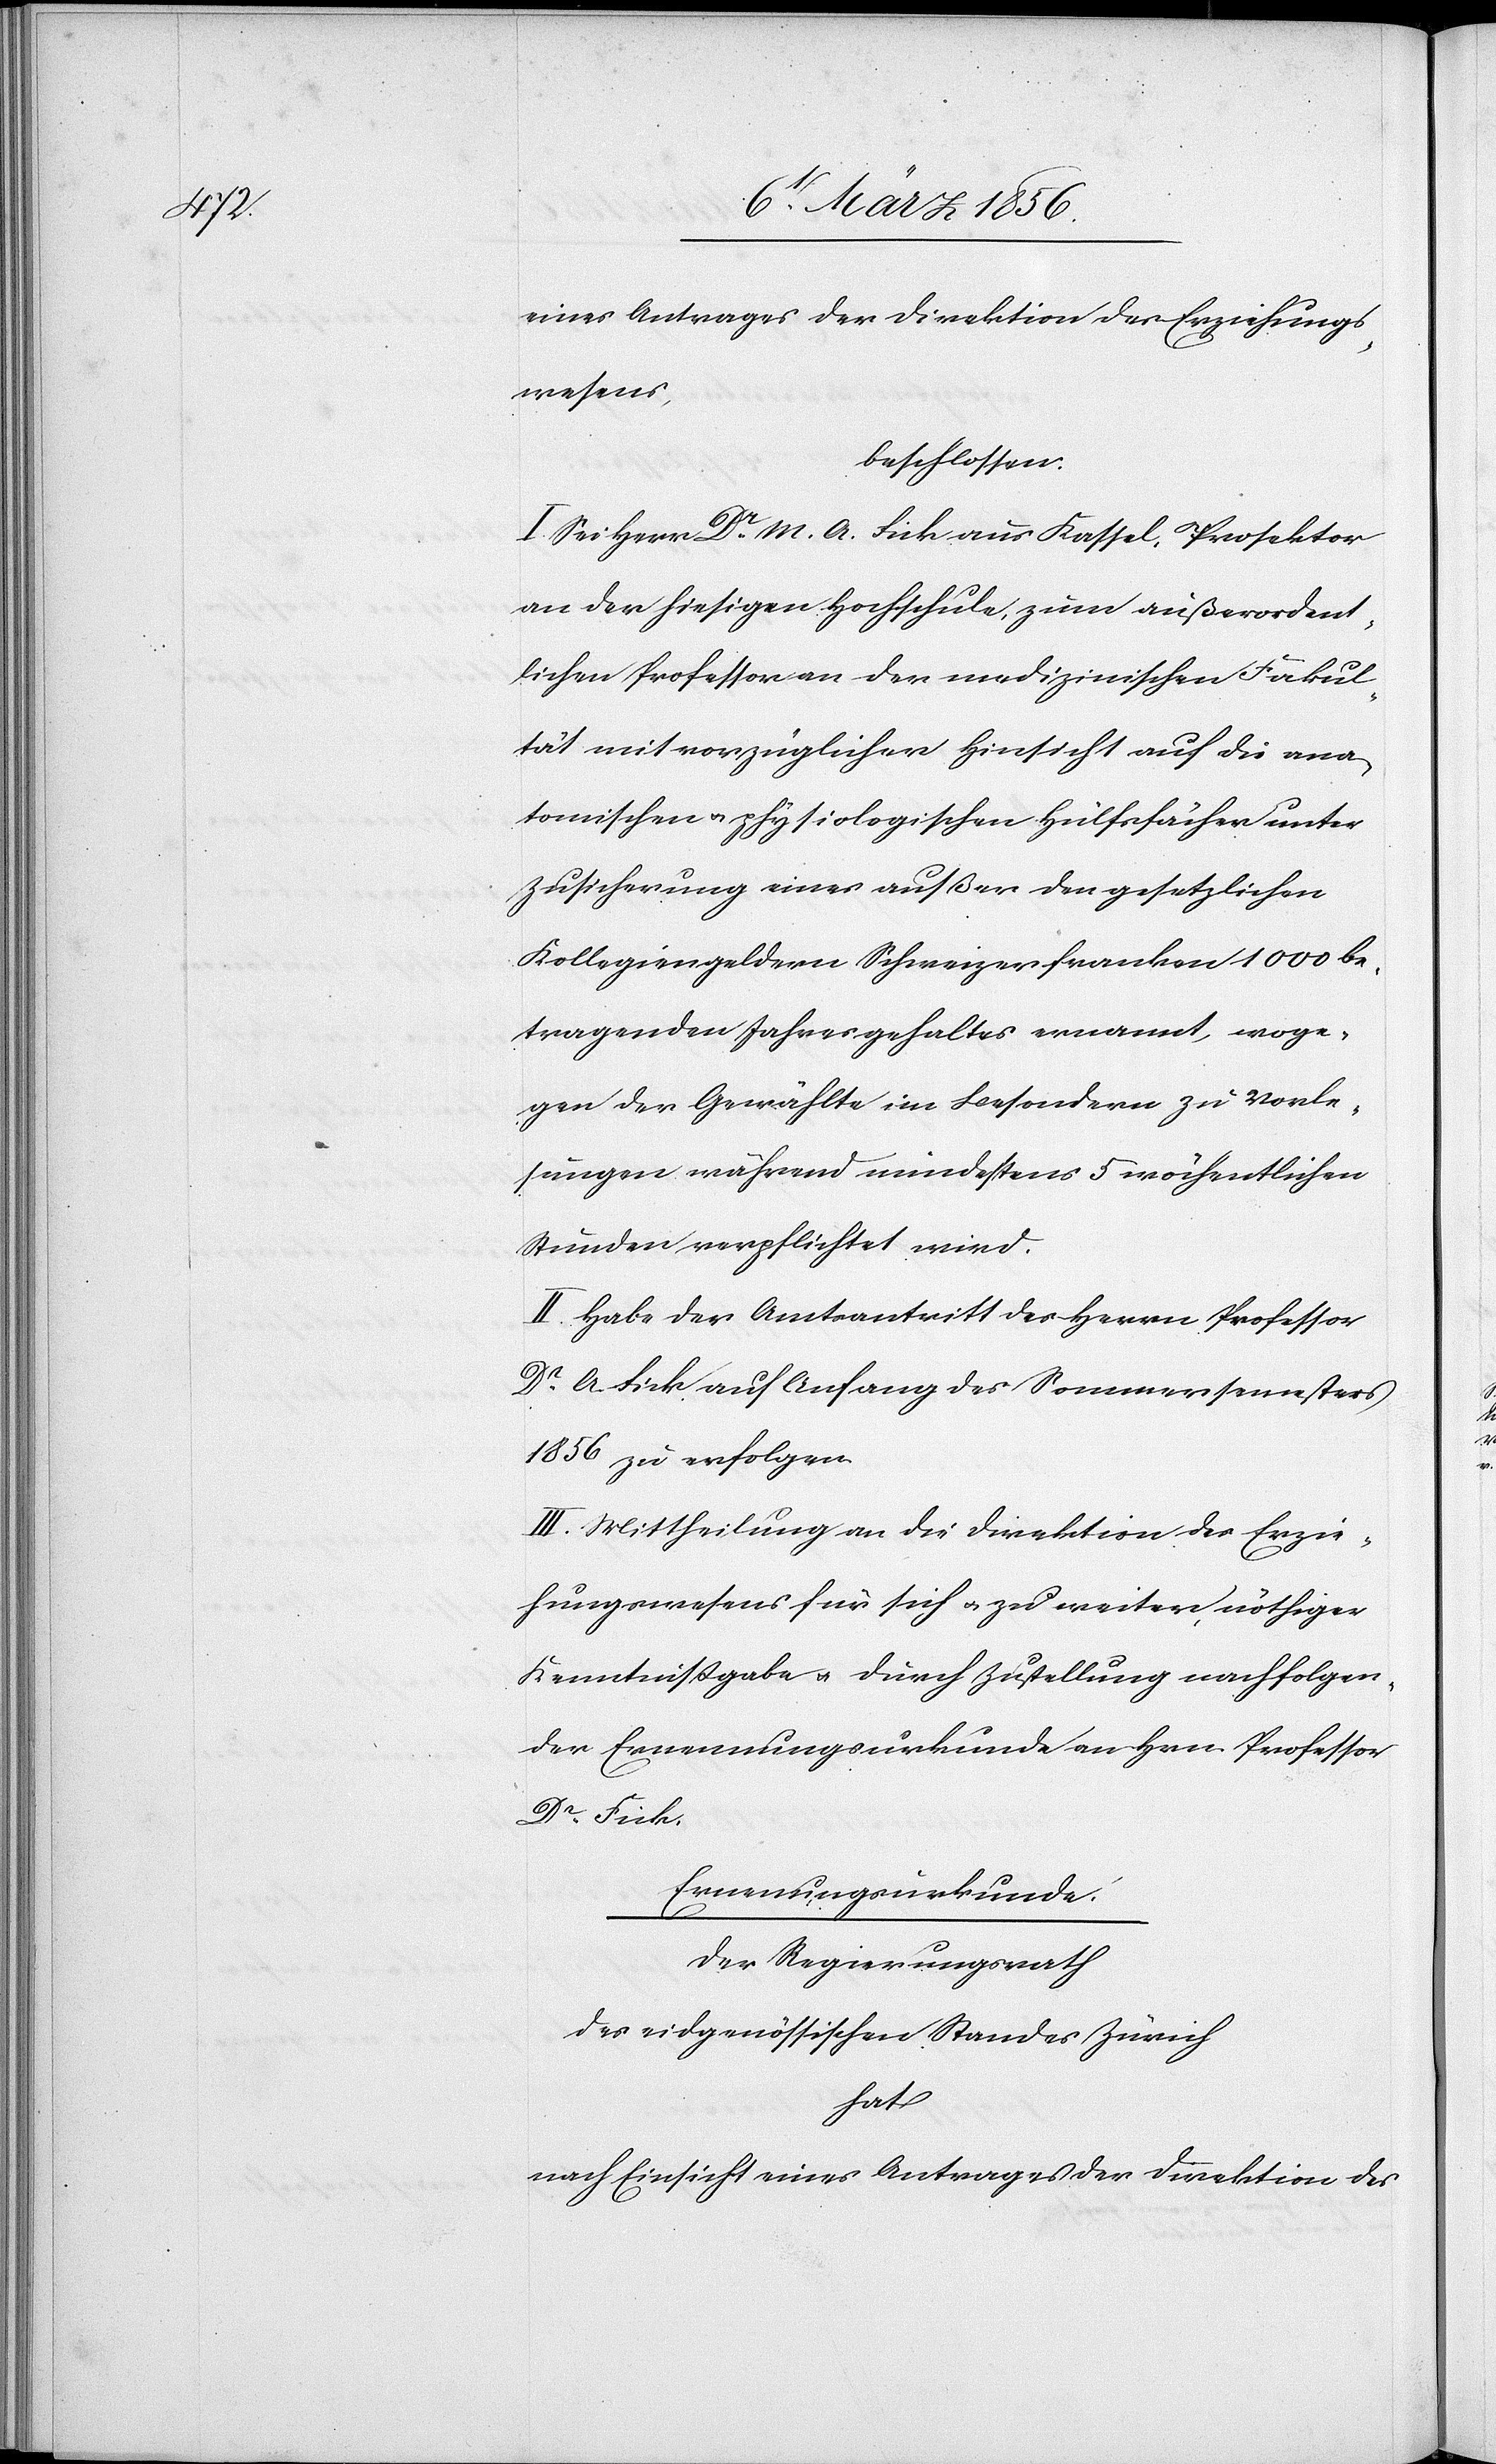
eines Antrages der Direktion des Erziehungs¬
wesens,
beschlossen:
I. Sei Herr Dr M. A. Fick aus Kassel, Prosektor
an der hiesigen Hochschule, zum außerordent¬
lichen Professor an der medizinischen Fakul¬
tät mit vorzüglicher Hinsicht auf die ana¬
tomischen u. physiologischen Hülfsfächer unter
Zusicherung eines außer den gesetzlichen
Kollegiengeldern Schweizerfranken 1000 be¬
tragenden Jahresgehaltes ernannt, woge¬
gen der Gewählte im Besondern zu Vorle¬
sungen während mindestens 5 wöchentlichen
Stunden verpflichtet wird.
II. Habe der Amtsantritt des Herrn Professor
Dr A. Fick auf Anfang des Sommersemesters
1856 zu erfolgen.
III. Mittheilung an die Direktion des Erzie¬
hungswesens für sich u. zu weiter, nöthiger
Kenntnißgabe u. durch Zustellung nachfolgen¬
der Ernennungsurkunde an Hrn. Professor
Dr Fick.
Ernennungsurkunde.
Der Regierungsrath
des eidgenössischen Standes Zürich
hat
nach Einsicht eines Antrages der Direktion des